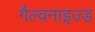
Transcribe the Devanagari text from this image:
गैल्वनाइज्ड